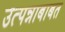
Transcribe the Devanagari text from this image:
उत्पन्नाबाबत